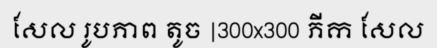
សែល រូបភាព តូច |300x300 ភីក សែល